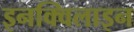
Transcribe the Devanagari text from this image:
इनक्विलाइन